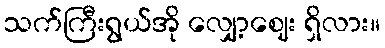
သက်ကြီးရွယ်အို လျှော့ဈေး ရှိလား။